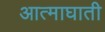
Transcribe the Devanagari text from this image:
आत्माघाती